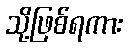
သို့ဖြစ်ရကား